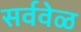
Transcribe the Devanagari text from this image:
सर्ववेळ